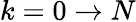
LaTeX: k=0\to N